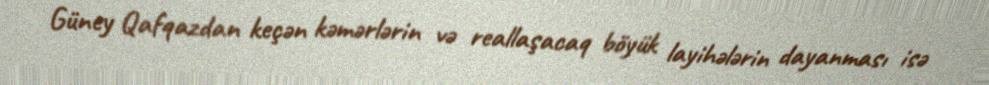
Güney Qafqazdan keçən kəmərlərin və reallaşacaq böyük layihələrin dayanması isə